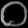
Digit: ၀